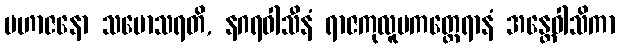
မဟာဇနော သမောသရတိ, နဂရဝါသီနံ ရာဇကုလူပကတ္ထေရာနံ အန္တေဝါသိကာ